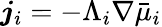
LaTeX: \boldsymbol j_{i}=-\Lambda_{i}\nabla\bar{\mu}_{i}